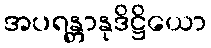
အပရန္တာနုဒိဋ္ဌိယော